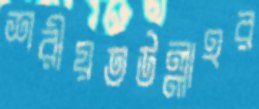
শরীয়তউল্লাহর